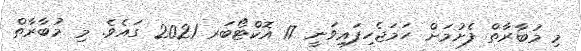
މި މުބާރާތް ފެށުމަށް ހަމަޖެހިފައިވަނީ 17 އޮކްޓޯބަރ 2021 ގައެވެ. މި މުބާރާތް